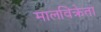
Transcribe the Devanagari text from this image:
मालविक्रेता